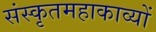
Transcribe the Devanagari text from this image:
संस्कृतमहाकाव्यों